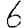
Digit: 6